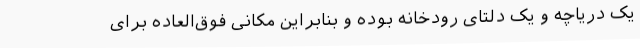
یک دریاچه و یک دلتای رودخانه بوده و بنابراین مکانی فوق‌العاده برای